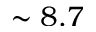
\sim 8 . 7